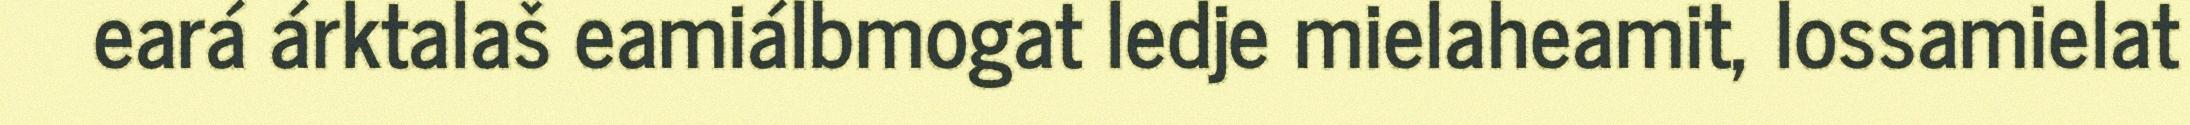
eará árktalaš eamiálbmogat ledje mielaheamit, lossamielat